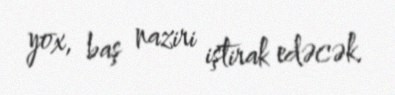
yox, baş naziri iştirak edəcək.